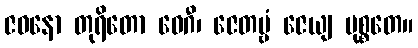
ဇဝနော တုရိတော ဝေဂီ၊ ဇေတဗ္ဗံ ဇေယျ မုစ္စတေ။